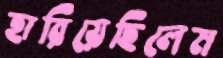
হারিয়েছিলেম